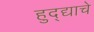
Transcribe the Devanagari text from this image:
हुद्द्याचे